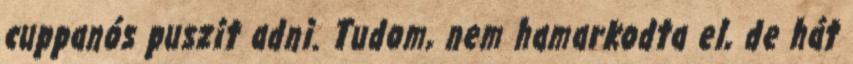
cuppanós puszit adni. Tudom, nem hamarkodta el, de hát